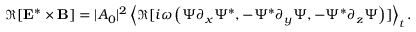
\begin{array} { r } { \Re [ { \bf E } ^ { * } \times { \bf B } ] = | A _ { 0 } | ^ { 2 } \left\langle \Re [ i \omega \left( \Psi \partial _ { x } \Psi ^ { * } , - \Psi ^ { * } \partial _ { y } \Psi , - \Psi ^ { * } \partial _ { z } \Psi \right) ] \right\rangle _ { t } . } \end{array}